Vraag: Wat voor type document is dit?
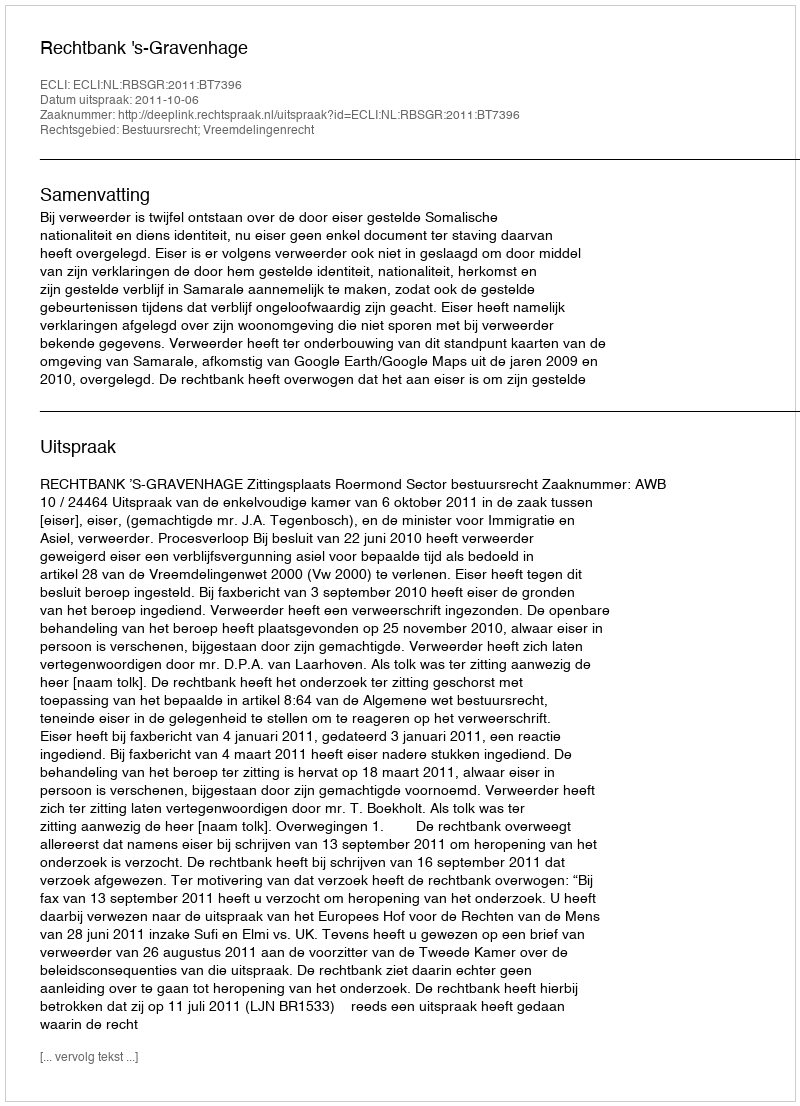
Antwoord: Uitspraak